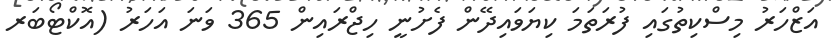
އަޒްހަރު މިސްކިތުގައި ފުރަތަމަ ކިޔަވައިދޭން ފެށުނީ ހިޖްރައިން 365 ވަނަ އަހަރު (އޮކްޓޯބަރ